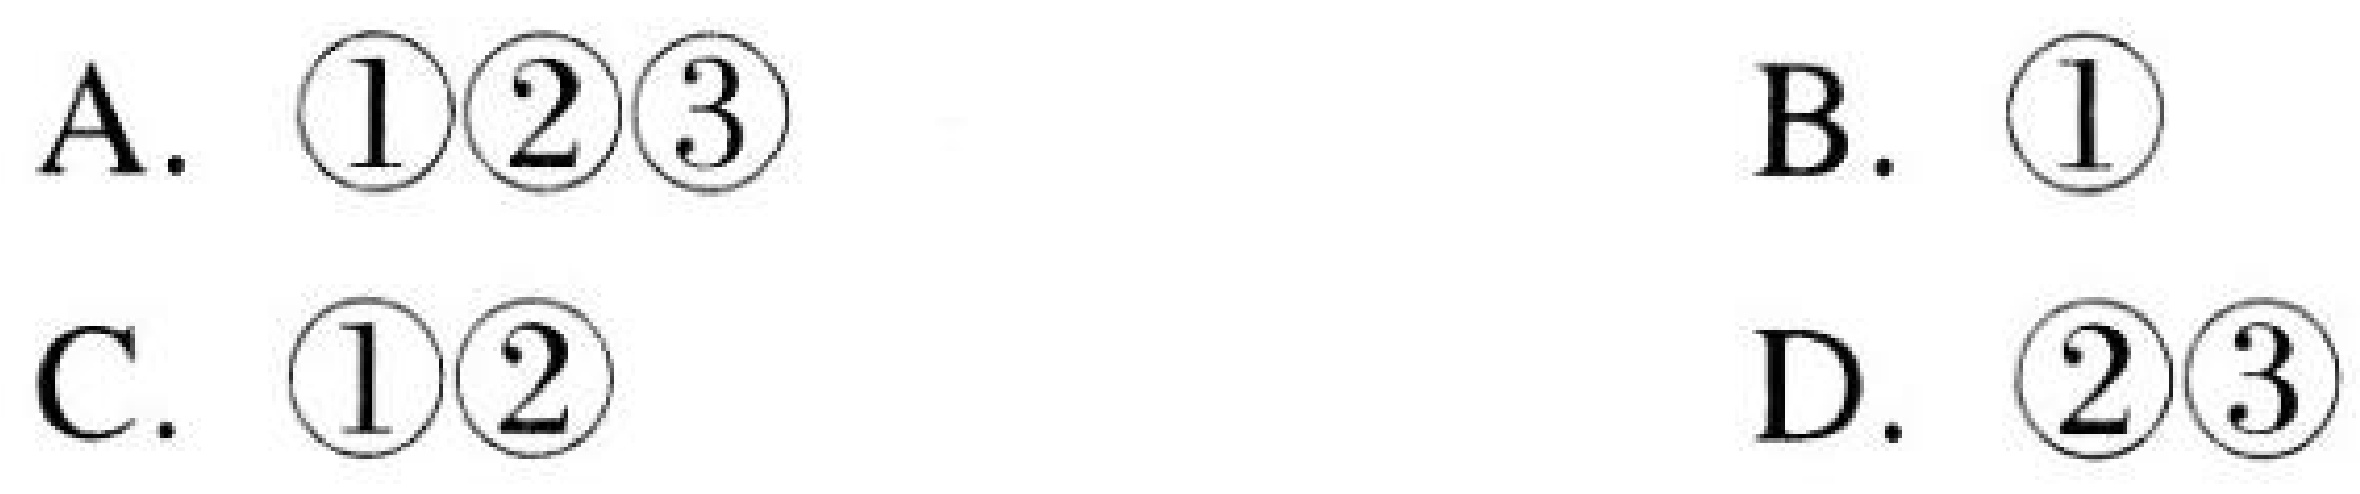
A. \(\textcircled{1}\textcircled{2}\textcircled{3}\)  B. \(\textcircled{1}\)
C. \(\textcircled{1}\textcircled{2}\)  D. \(\textcircled{2}\textcircled{3}\)